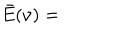
\bar { E } ( \nu ) =